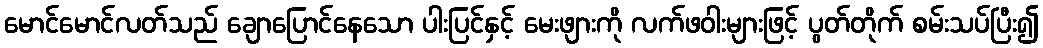
မောင်မောင်လတ်သည် ချောပြောင်နေသော ပါးပြင်နှင့် မေးဖျားကို လက်ဖဝါးများဖြင့် ပွတ်တိုက် စမ်းသပ်ပြီး၍